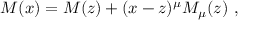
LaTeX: M ( x ) = M ( z ) + ( x - z ) ^ { \mu } M _ { \mu } ( z ) \ ,